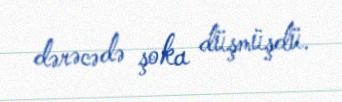
dərəcədə şoka düşmüşdü.